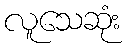
လူသေဆုံး